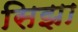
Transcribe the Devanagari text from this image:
सिझा